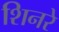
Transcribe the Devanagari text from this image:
शिनरे